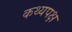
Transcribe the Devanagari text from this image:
कथ्यपक्ष